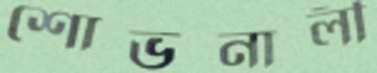
শোভনালী